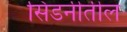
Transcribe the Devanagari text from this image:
सिडनीतील